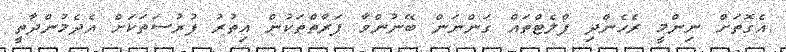
އެގޮތަށް ނިންމީ ރެހެންދި ފްލެޓްތައް ގަންނަން ބޭނުންވާ ފަރާތްތަކުން އިތުރު ފުރުސަތަކަށް އެދެމުންދާތީ